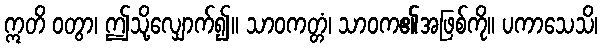
ဣတိ ဝတွာ၊ ဤသို့လျှောက်၍။ သာဝကတ္တံ၊ သာဝက၏အဖြစ်ကို။ ပကာသေသိ၊